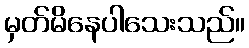
မှတ်မိနေပါသေးသည်။